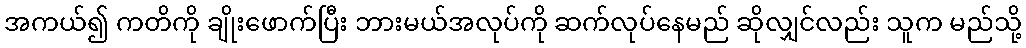
အကယ်၍ ကတိကို ချိုးဖောက်ပြီး ဘားမယ်အလုပ်ကို ဆက်လုပ်နေမည် ဆိုလျှင်လည်း သူက မည်သို့